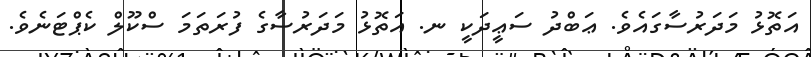
އަތޮޅު މަދަރުސާގައެވެ. ޢަބްދު ސަޢީދަކީ ނ. އަތޮޅު މަދަރުސާގެ ފުރަތަމަ ސްކޫލް ކެޕްޓަނެވެ.